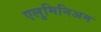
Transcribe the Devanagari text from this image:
एलुमिनिअम